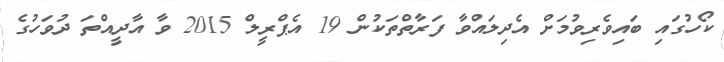
ކޯހުގައި ބައިވެރިވުމަށް އެދިލައްވާ ފަރާތްތަކުން 19 އެޕްރީލް 2015 ވާ އާދީއްތަ ދުވަހުގެ